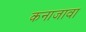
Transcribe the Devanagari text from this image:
कनाजावा